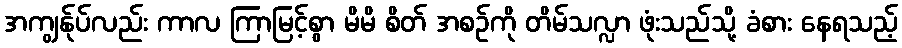
အကျွန်ုပ်လည်း ကာလ ကြာမြင့်စွာ မိမိ စိတ် အစဉ်ကို တိမ်သလ္လာ ဖုံးသည်သို့ ခံစား နေရသည့်